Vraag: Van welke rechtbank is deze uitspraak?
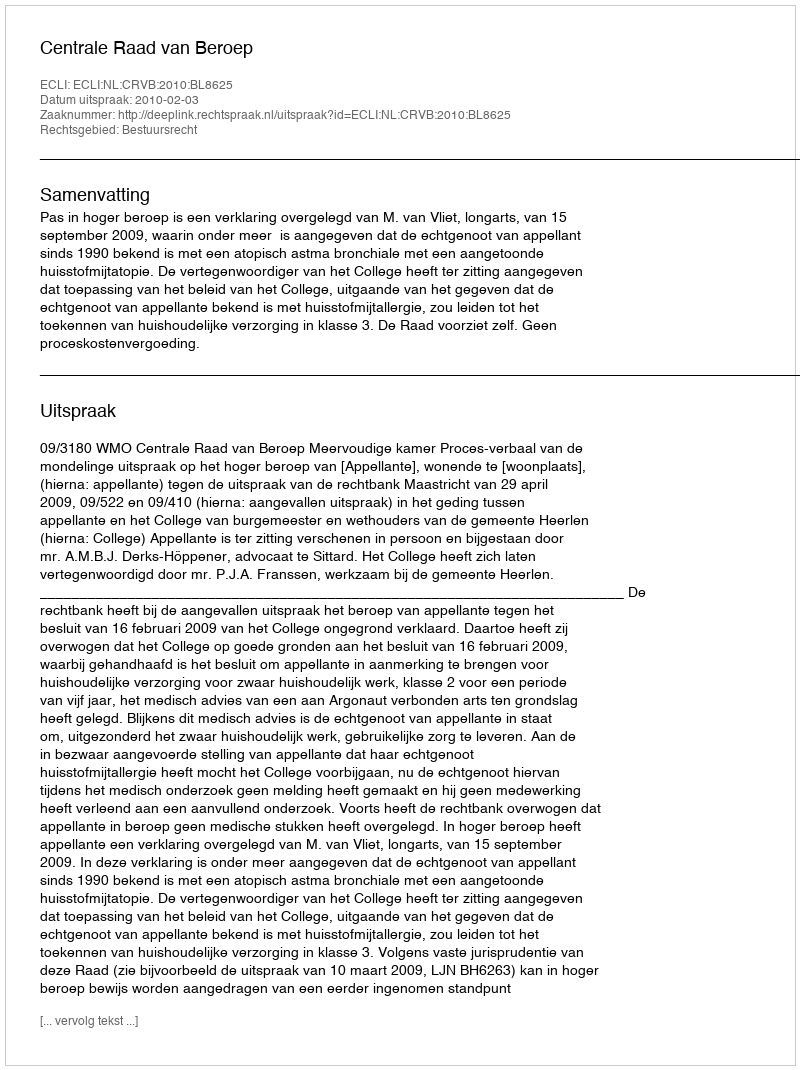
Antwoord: Centrale Raad van Beroep